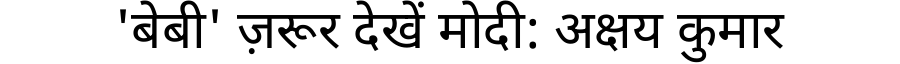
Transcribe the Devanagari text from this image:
'बेबी' ज़रूर देखें मोदी: अक्षय कुमार